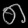
Digit: ၈